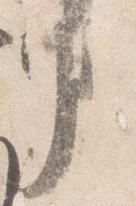
事